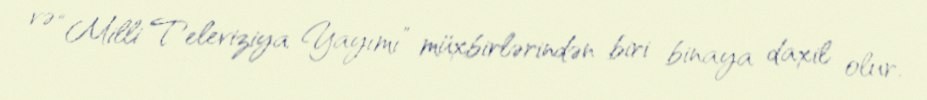
və “Milli Televiziya Yayımı” müxbirlərindən biri binaya daxil olur.